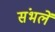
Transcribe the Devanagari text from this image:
संभलें